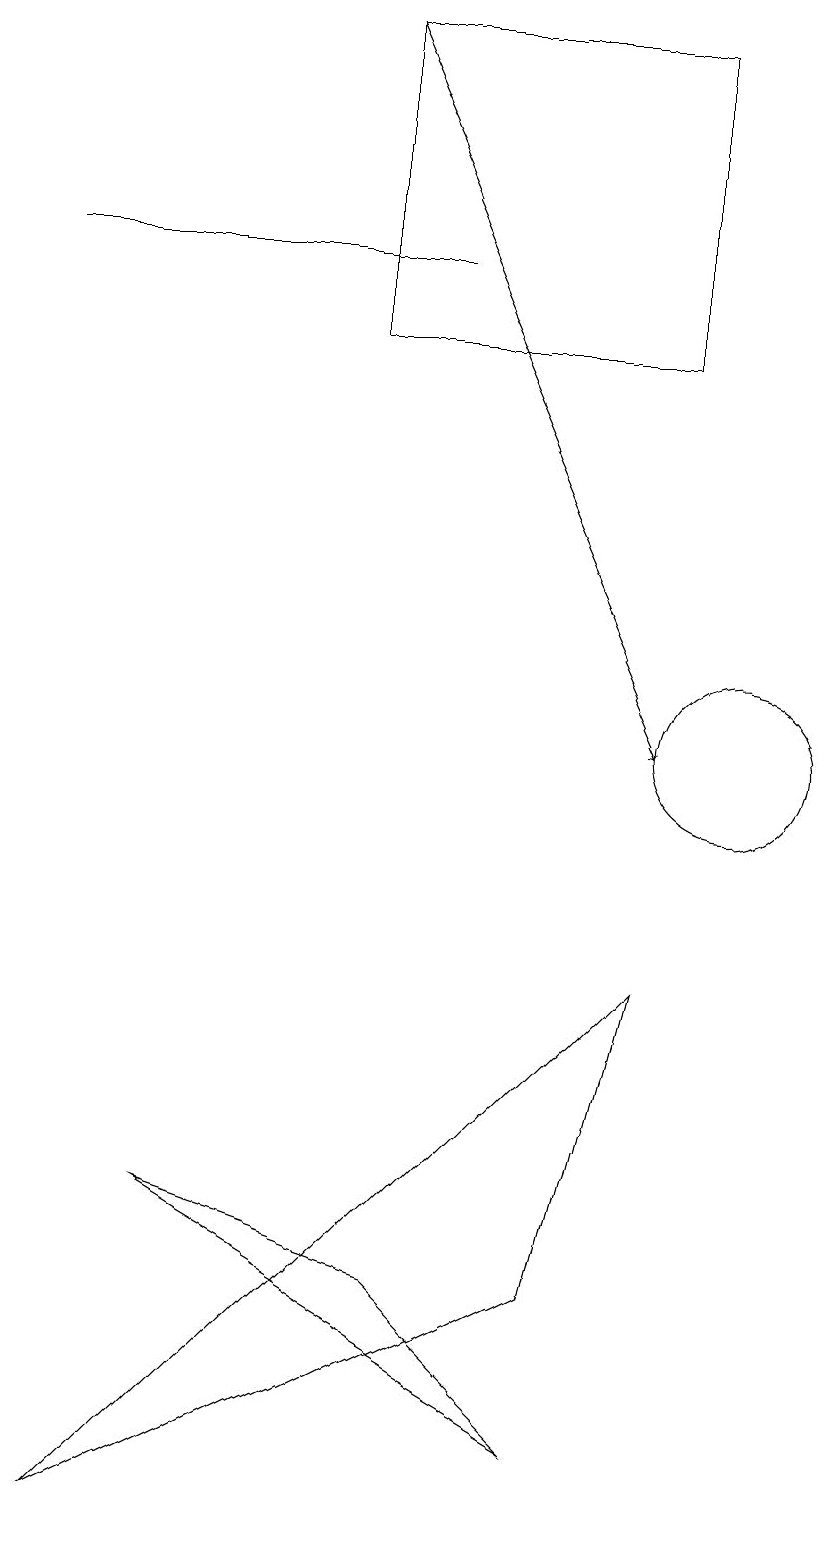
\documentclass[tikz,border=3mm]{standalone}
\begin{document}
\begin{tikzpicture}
\draw (1,16) rectangle (6,16);
\draw (9,15) rectangle (5,19);
\draw (3,4) -- (6,3) -- (8,1) -- cycle;
\draw (11,11) circle (0);
\draw (8,3) -- (2,0) -- (9,7) -- cycle;
\draw (10,10) circle (1);
\draw[->] (5,19) -- (9,10);
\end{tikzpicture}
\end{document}